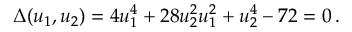
\Delta ( u _ { 1 } , u _ { 2 } ) = 4 u _ { 1 } ^ { 4 } + 2 8 u _ { 2 } ^ { 2 } u _ { 1 } ^ { 2 } + u _ { 2 } ^ { 4 } - 7 2 = 0 \, .